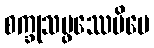
စက္ခုသမ္ဖဿေပိပေ